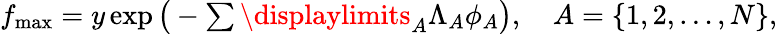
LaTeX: \begin{array}{r}{f_{\textrm{max}}=y\exp\big(-\sum\displaylimits_{A}\Lambda_{A}\phi_{A}\big),\quad A=\{ 1,2,\dots,N\} ,}\end{array}